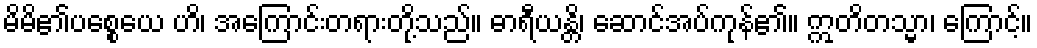
မိမိ၏ပစ္စေယေ ဟိ၊ အကြောင်းတရားတို့သည်။ ဓာရီယန္တိ၊ ဆောင်အပ်ကုန်၏။ ဣတိတသ္မာ၊ ကြောင့်။